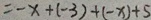
= - x + ( - 3 ) + ( - x ) + 5